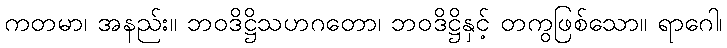
ကတမာ၊ အနည်း။ ဘဝဒိဋ္ဌိသဟဂတော၊ ဘဝဒိဋ္ဌိနှင့် တကွဖြစ်သော။ ရာဂေါ၊